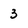
Character: 3